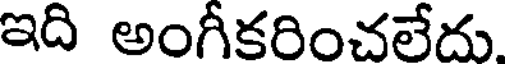
ఇది అంగీకరించలేదు